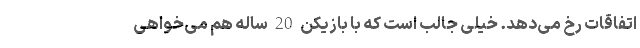
اتفاقات رخ می‌دهد. خیلی جالب است که با بازیکن 20 ساله هم می‌خواهی